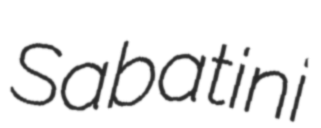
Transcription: Sabatini